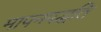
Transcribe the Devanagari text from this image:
मापनपद्धति